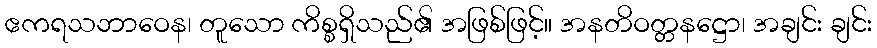
ဧကရသဘာဝေန၊ တူသော ကိစ္စရှိသည်၏ အဖြစ်ဖြင့်။ အနတိဝတ္တနဋ္ဌော၊ အချင်း ချင်း